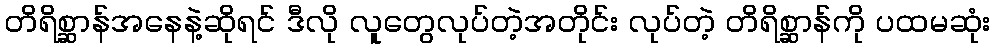
တိရိစ္ဆာန်အနေနဲ့ဆိုရင် ဒီလို လူတွေလုပ်တဲ့အတိုင်း လုပ်တဲ့ တိရိစ္ဆာန်ကို ပထမဆုံး